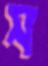
স